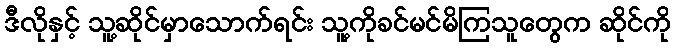
ဒီလိုနှင့် သူ့ဆိုင်မှာသောက်ရင်း သူ့ကိုခင်မင်မိကြသူတွေက ဆိုင်ကို